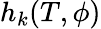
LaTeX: h_{k}(T,\phi)